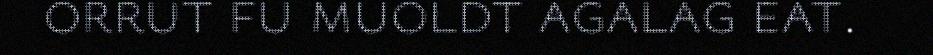
orrut fu muoldt agalag eat.